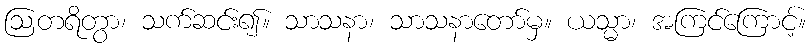
ဩတရိတွာ၊ သက်ဆင်း၍။ သာသနာ၊ သာသနာတော်မှ။ ယသ္မာ၊ အကြင်ကြောင့်။